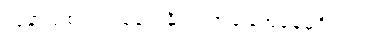
လူနာသစ်လက်ခံပေးနိုင်တဲ့အခြေအနေမရှိပါဘူး။